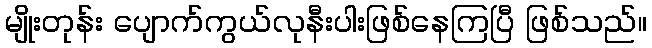
မျိုးတုန်း ပျောက်ကွယ်လုနီးပါးဖြစ်နေကြပြီ ဖြစ်သည်။